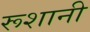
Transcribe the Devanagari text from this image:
रूशानी